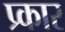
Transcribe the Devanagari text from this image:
प्र्कार